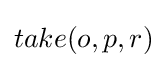
take(o,p,r)